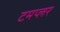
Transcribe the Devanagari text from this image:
टमप्लर